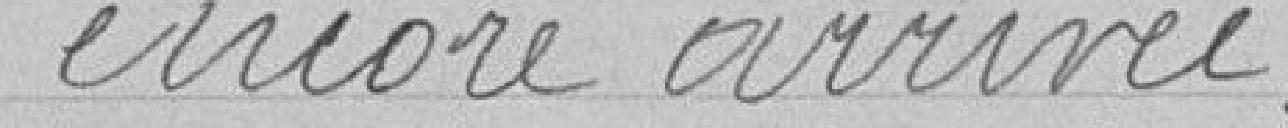
encore arrivée.